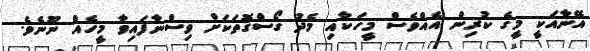
އޭނާއަކީ މީގެ ކުރިން އެއްވެސް މީހަކާއި މެދު ގޯސްގޮތަކަށް ވިސްނާފައިވާ މީހެއް ނޫނެވެ.